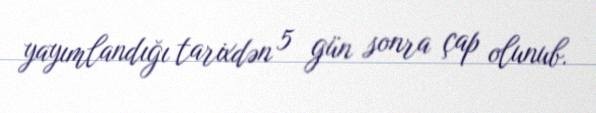
yayımlandığı tarixdən 5 gün sonra çap olunub.